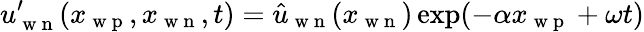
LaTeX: u_{\mathrm{~w~n~}}^{\prime}(x_{\mathrm{~w~p~}},x_{\mathrm{~w~n~}},t)=\hat{u}_{\mathrm{~w~n~}}(x_{\mathrm{~w~n~}})\exp(-\alpha x_{\mathrm{~w~p~}}+\omega t)